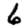
Digit: 6